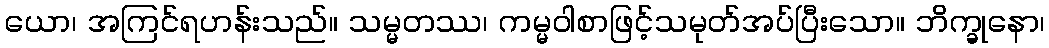
ယော၊ အကြင်ရဟန်းသည်။ သမ္မတဿ၊ ကမ္မဝါစာဖြင့်သမုတ်အပ်ပြီးသော။ ဘိက္ခုနော၊